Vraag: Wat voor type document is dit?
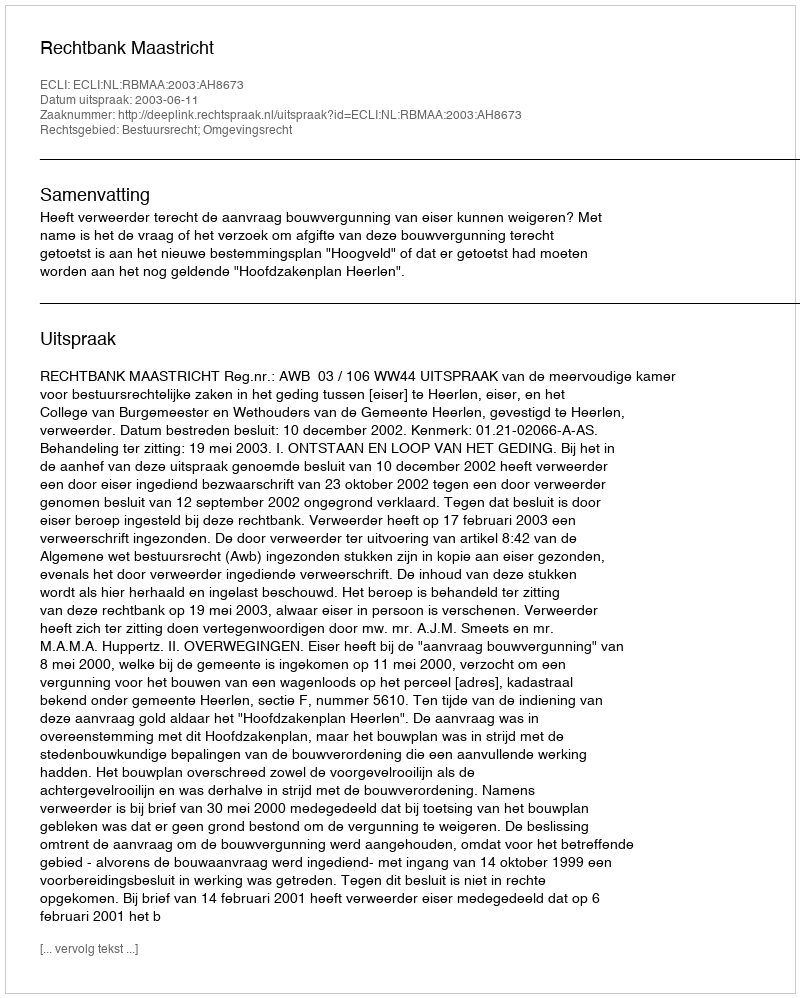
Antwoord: Uitspraak